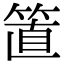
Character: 𥮖